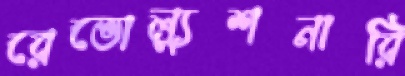
রেভোল্যুশনারি